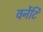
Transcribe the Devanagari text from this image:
वर्नेटि